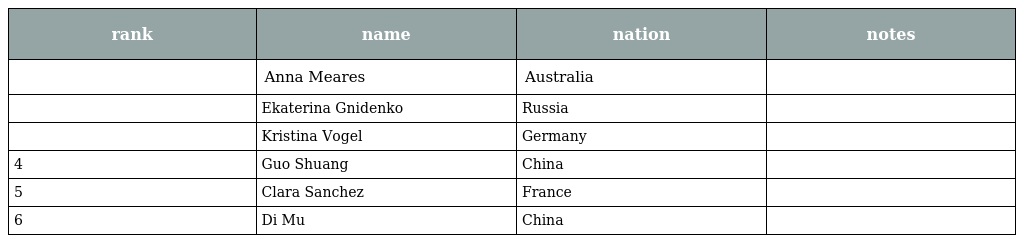
| rank | name | nation | notes |
 | --- | --- | --- | --- |
 |  | Anna Meares | Australia |  |
 |  | Ekaterina Gnidenko | Russia |  |
 |  | Kristina Vogel | Germany |  |
 | 4 | Guo Shuang | China |  |
 | 5 | Clara Sanchez | France |  |
 | 6 | Di Mu | China |  |